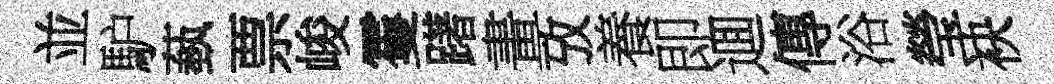
並馿蓺票峻䨥躇畫攷養即逥傳浴瑩袂